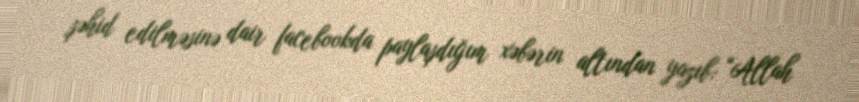
şəhid edilməsinə dair facebookda paylaşdığım xəbərin altından yazıb: “Allah